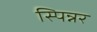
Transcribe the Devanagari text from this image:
स्पिन्नर